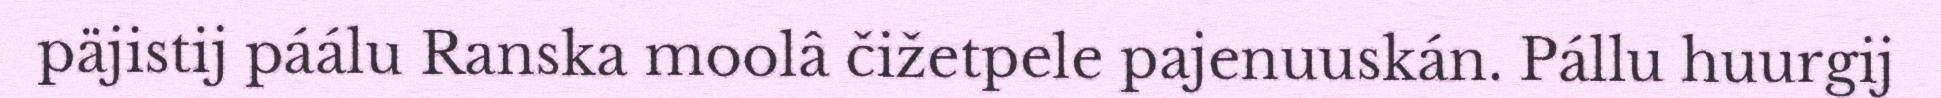
päjistij páálu Ranska moolâ čižetpele pajenuuskán. Pállu huurgij